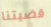
قضيتنا